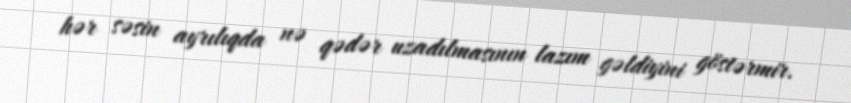
hər səsin ayrılıqda nə qədər uzadılmasının lazım gəldiyini göstərmir.